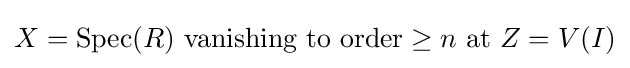
X=\operatorname {Spec} (R){\text{ vanishing to order}}\geq n{\text{ at }}Z=V(I)